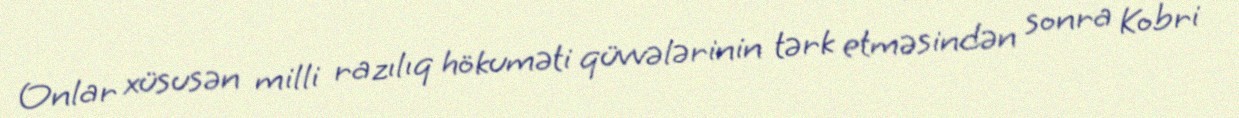
Onlar xüsusən milli razılıq hökuməti qüvvələrinin tərk etməsindən sonra Kobri